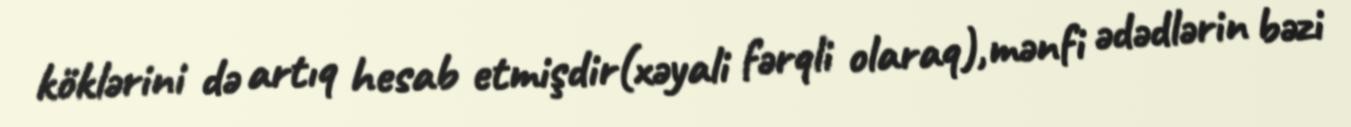
köklərini də artıq hesab etmişdir(xəyali fərqli olaraq),mənfi ədədlərin bəzi